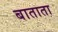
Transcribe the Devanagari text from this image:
बाताता